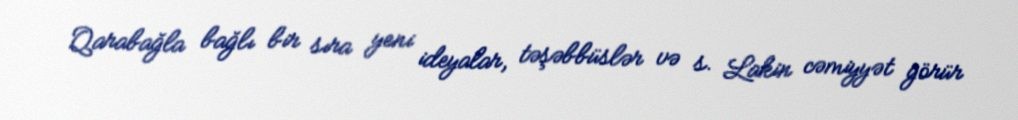
Qarabağla bağlı bir sıra yeni ideyalar, təşəbbüslər və s. Lakin cəmiyyət görür